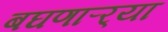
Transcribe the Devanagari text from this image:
बघणाऱ्र्‍या